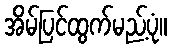
အိမ်ပြင်ထွက်မည့်ပုံ။